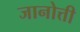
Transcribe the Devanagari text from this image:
जानोत्ती